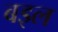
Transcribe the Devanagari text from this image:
बइल